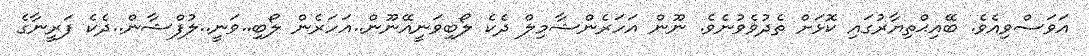
އަވަސްވިއެވެ. ބޭއިޙްތިޔާރުގައި ކޮޅަށް ތެދުވެވުނެވެ. ނޫން އަހަރެންޝާމިލް ދެކެ ލޯބިވަނީއޭނޫން..އަހަރެން ލޯބި..ވަނީ..ލުފްޝާން..ދެކެ ފަރީނާގެ